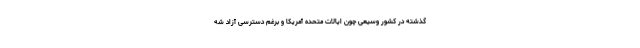
گذشته در کشور وسیعی چون ایالات متحده آمریکا و برغم دسترسی آزاد شه